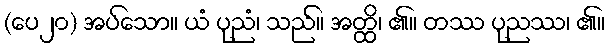
(ပေ၂၀) အပ်သော။ ယံ ပုညံ၊ သည်။ အတ္ထိ၊ ၏။ တဿ ပုညဿ၊ ၏။